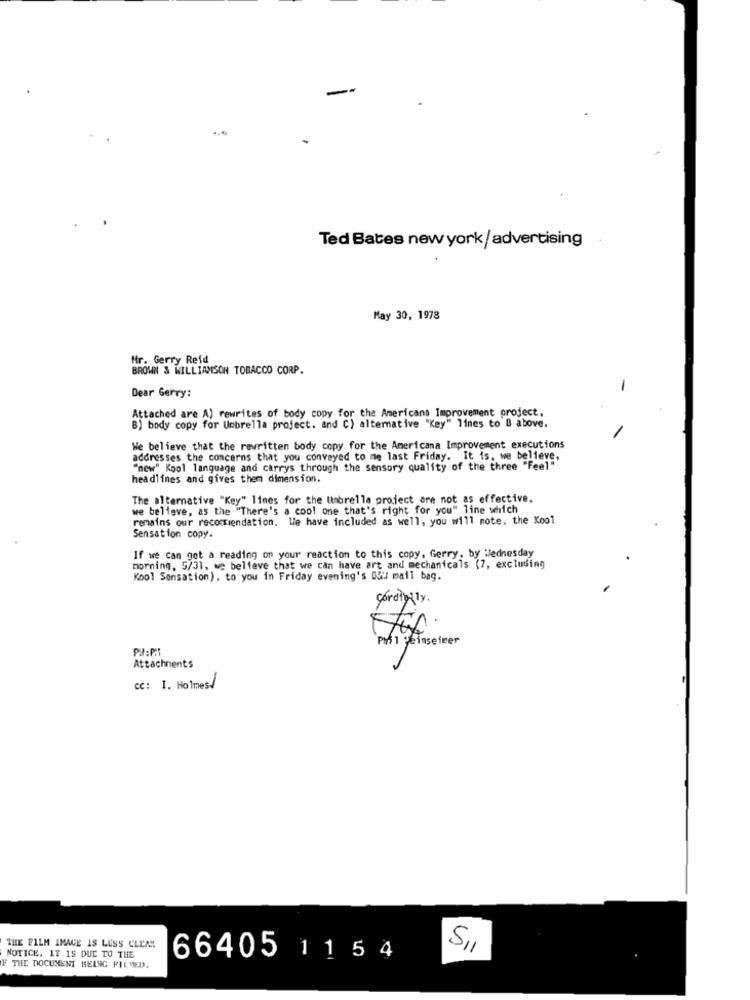
Ted Bates new york/advertising
May 30, 1978
Mr. Gerry Reid
BROWN & WILLIAMSON TOBACCO CORP.
Dear Gerry:
-
Attached are A) rewrites of body copy for the Americans Improvement project,
B) body copy for Umbrella project. and C) alternative "Key" lines to B above.
We believe that the rewritten body copy for the Americana Improvement executions
addresses the concerns that you conveyed to me last Friday. It is, we believe,
"new" Kool language and carrys through the sensory quality of the three "Feel"
headlines and gives them dimension.
The alternative "Key" lines for the Umbrella project are not as effective,
we believe, as the "There's a cool one that's right for you" line which
remains our recomiendation. Wie have included as well, you will mote, the Kool
Sensation copy.
If we can get a reading on your reaction to this copy, Gerry, by Wednesday
morning, 5/31, we believe that we can have art and mechanicals (7, excluding
Kool Sensation), to you in Friday evening's D&W mail bag.
cordially.
Pal Peinseiner
Attachments
cc: 1. Holmes/
THE FILM IMAGE IS LESS CLEAR
NOTICE. IT IS DUE TO THE
66405 1 1 5 4
F TIED DOCUMENT BEING FILMED.